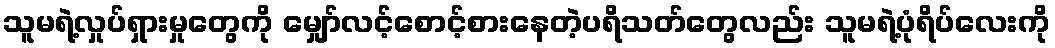
သူမရဲ့လှုပ်ရှားမှုတွေကို မျှော်လင့်စောင့်စားနေတဲ့ပရိသတ်တွေလည်း သူမရဲ့ပုံရိပ်လေးကို